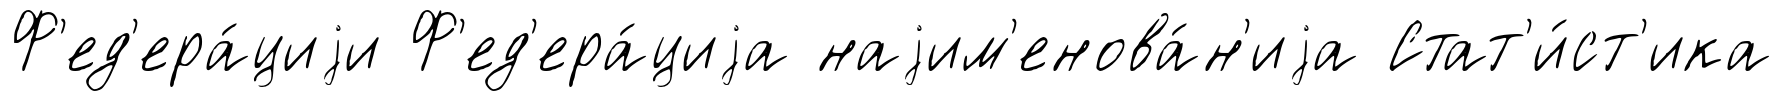
Ф'ед'ера́циjи Ф'ед'ера́циjа наjим'енова́н'иjа Стат'и́ст'ика